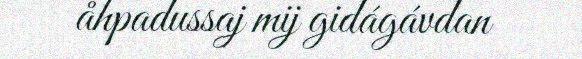
åhpadussaj mij gidágávdan